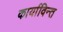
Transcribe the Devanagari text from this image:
कार्याविन्त